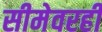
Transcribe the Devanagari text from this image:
सीमेवरही